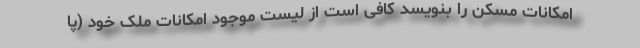
امکانات مسکن را بنویسد کافی است از لیست موجود امکانات ملک خود (پا